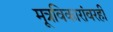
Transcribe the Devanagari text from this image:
मूत्रविकारांवरही